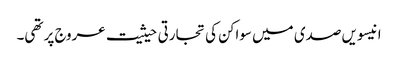
انیسویں صدی میں سواکن کی تجارتی حیثیت عروج پر تھی۔